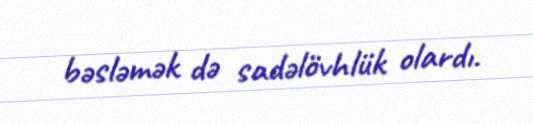
bəsləmək də sadəlövhlük olardı.